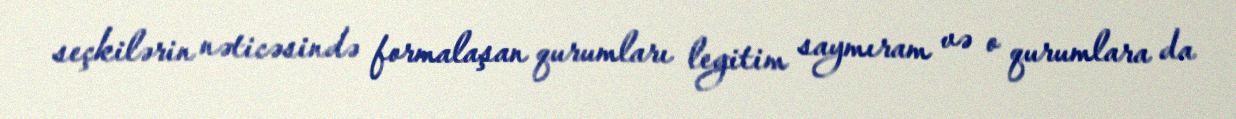
seçkilərin nəticəsində formalaşan qurumları legitim saymıram və o qurumlara da